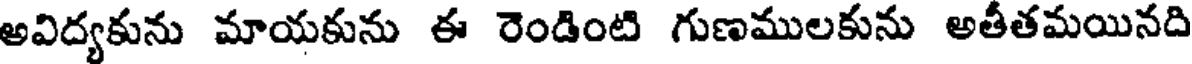
అవిద్యకును మాయకును ఈ రెండింటి గుణములకును అతీతమయినది